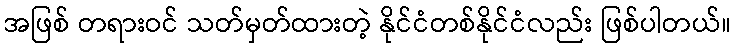
အဖြစ် တရားဝင် သတ်မှတ်ထားတဲ့ နိုင်ငံတစ်နိုင်ငံလည်း ဖြစ်ပါတယ်။